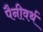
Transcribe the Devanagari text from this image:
पैनीवर्थ